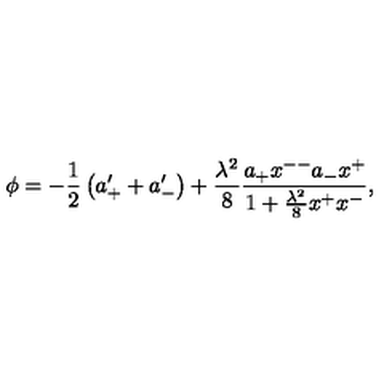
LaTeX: \phi = - { \frac { 1 } { 2 } } \left( a _ { + } ^ { \prime } + a _ { - } ^ { \prime } \right) + { \frac { \lambda ^ { 2 } } { 8 } } { \frac { a _ { + } x ^ { -- } a _ { - } x ^ { + } } { 1 + { \frac { \lambda ^ { 2 } } { 8 } } x ^ { + } x ^ { - } } } ,